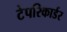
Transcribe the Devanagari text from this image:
टेपरिकार्डर